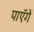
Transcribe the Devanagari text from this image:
पाएॅगें